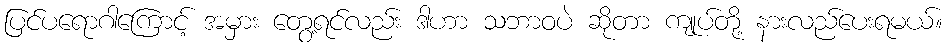
ပြင်ပရောဂါကြောင့် အမှား တွေ့ရင်လည်း ဒါဟာ သဘာဝပဲ ဆိုတာ ကျုပ်တို့ နားလည်ပေးရမယ်။